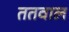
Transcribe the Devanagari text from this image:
ततवाल